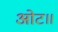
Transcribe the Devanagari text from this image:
ओट॥